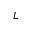
L